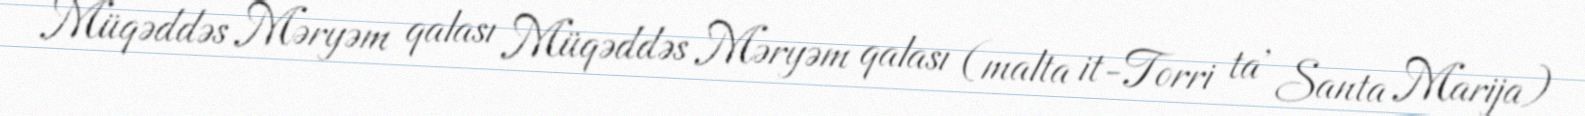
Müqəddəs Məryəm qalası Müqəddəs Məryəm qalası (malta it-Torri ta' Santa Marija)